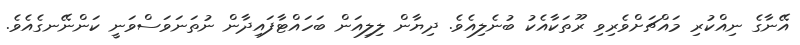
އޭނާގެ ނިއްކުރި މައްޗަށްވެރިވި ރޫތަކާއެކު ބުނެލިއެވެ. ދިޔާން ލިލިއަން ބަހައްޓާފައިދާން ނުތަނަވަސްވަނީ ކަންނޭނގެއެވެ.